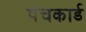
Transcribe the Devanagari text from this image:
पंचकार्ड